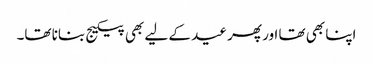
اپنا بھی تھا اور پھر عید کے لیے بھی پیکیج بنانا تھا۔